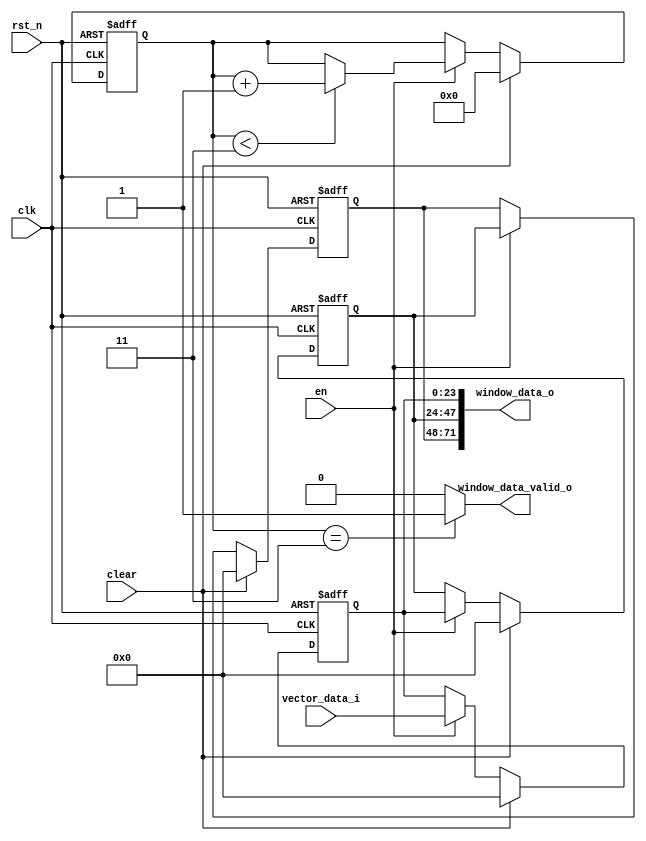
`timescale 1ns / 1ps

module win_gen
#(
	parameter DATA_WIDTH = 8,
	parameter VECTOR_SIZE = 3
)
(
	input  clk,
	input  rst_n,
	input  en,
	input  clear,
	
	input  [VECTOR_SIZE*DATA_WIDTH-1:0]vector_data_i,
	output window_data_valid_o,
	output [VECTOR_SIZE*VECTOR_SIZE*DATA_WIDTH-1:0]window_data_o
);

integer i;
reg [VECTOR_SIZE*DATA_WIDTH-1:0]window_data_regs[VECTOR_SIZE-1:0];

always @(posedge clk or negedge rst_n) begin
	if(!rst_n) begin
		for(i = 0; i < VECTOR_SIZE; i = i + 1) begin
			window_data_regs[i] <= {DATA_WIDTH*VECTOR_SIZE{1'b0}};
		end
	end
	else if(clear) begin
		for(i = 0; i < VECTOR_SIZE; i = i + 1) begin
			window_data_regs[i] <= {DATA_WIDTH*VECTOR_SIZE{1'b0}};
		end
	end
	else if(en) begin
		window_data_regs[0] <= vector_data_i;
		for(i = 1; i < VECTOR_SIZE; i = i + 1) begin
			window_data_regs[i] <= window_data_regs[i-1];
		end
	end
end

reg  [4:0]win_vector_cnt;
always @(posedge clk or negedge rst_n) begin
	if(!rst_n) begin
		win_vector_cnt <= 5'd0;
	end
	else if(clear) begin
		win_vector_cnt <= 5'd0;
	end
	else if(en) begin
		if(win_vector_cnt < VECTOR_SIZE) begin
			win_vector_cnt <= win_vector_cnt + 5'd1;
		end
	end
end

generate 
	genvar j;
	for(j = 0; j < VECTOR_SIZE; j = j + 1) begin
		assign window_data_o[(j+1)*VECTOR_SIZE*DATA_WIDTH-1-:VECTOR_SIZE*DATA_WIDTH] = window_data_regs[j];
	end
endgenerate

assign window_data_valid_o = (win_vector_cnt == VECTOR_SIZE) ? 1 : 0;

endmodule